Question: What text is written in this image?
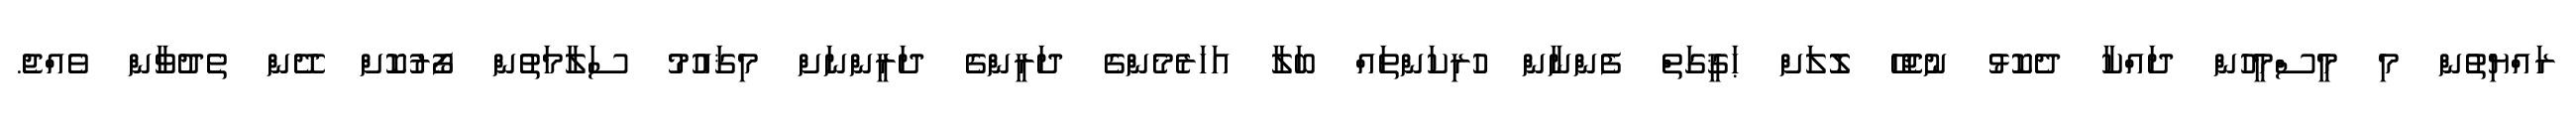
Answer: ރައްޔިތުން މި މީސްމީހުން ދައްކާ ދެކޮޅު ނުޖެހޭ ލޮލަށް ޙަޤީގަތް ފެންނާން ހުރިކަންތައް ބަލާ އަހަރެމެންގެ ދަރީންގެ ދަރީންނަށް މިޤައުމު ސަލާމަތުން ފޯރުކޮށް ދޭން ތެދުވާން ވެއްޖެ.